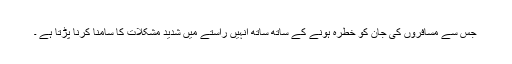
جس سے مسافروں کی جان کو خطرہ ہونے کے ساتھ ساتھ اُنہیں راستے میں شدید مشکلات کا سامنا کرنا پڑتا ہے ۔